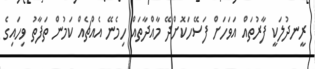
ރީނދުލަކީ ފާރުތައް އަވަހަށް ފަސޭހަކޮށްދޭ މާއްދާތައް ހިމެނޭ އެއްޗެއް ކަމުން ތަފާތު ވިހައިގެ